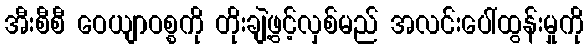
အီးစီစီ ဝေယျာဝစ္စကို တိုးချဲ့ဖွင့်လှစ်မည် အလင်းပေါ်ထွန်းမှုကို